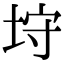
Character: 垨